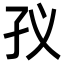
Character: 𭒻